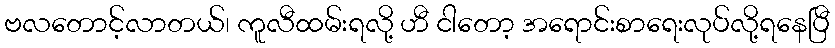
ဗလတောင့်လာတယ်၊ ကူလီထမ်းရလို့ ဟီ ငါတော့ အရောင်းစာရေးလုပ်လို့ရနေပြီ